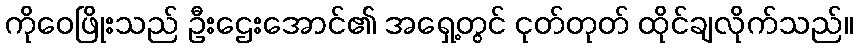
ကိုဝေဖြိုးသည် ဦးဌေးအောင်၏ အရှေ့တွင် ငုတ်တုတ် ထိုင်ချလိုက်သည်။